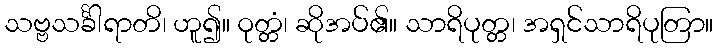
သဗ္ဗသင်္ခါရာတိ၊ ဟူ၍။ ဝုတ္တံ၊ ဆိုအပ်၏။ သာရိပုတ္တ၊ အရှင်သာရိပုတြာ။